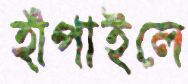
হাঁপাইলে